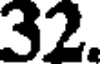
32.